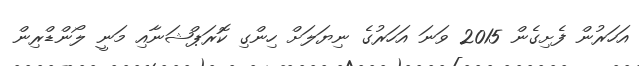
އަހަރުން ފެށިގެން 2015 ވަނަ އަހަރުގެ ނިޔަލަށް ހިންގި ކޮރަޕްޝަނާއި މަނީ ލޯންޑްރިން